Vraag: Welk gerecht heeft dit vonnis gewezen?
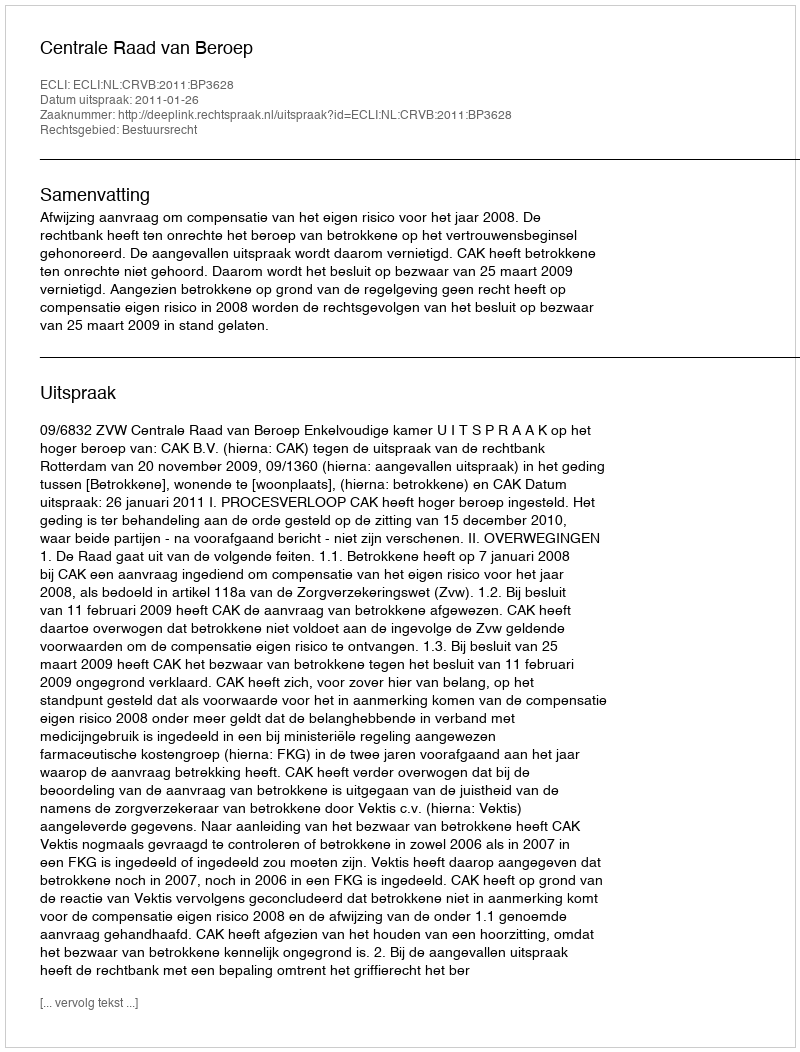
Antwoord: Centrale Raad van Beroep